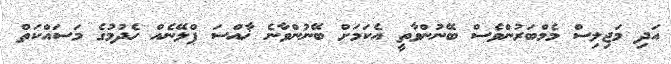
އަދި މަޖިލިސް މެމްބަރުންވެސް ބޭނުންވާތީ އެކަމަށް ބޭނުންވާނެ ޚާއްސަ ޕްލޭނެއް ހެދުމުގެ މަސައްކަތް